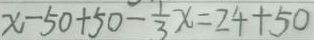
x - 5 0 + 5 0 - \frac { 1 } { 3 } x = 2 4 + 5 0